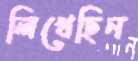
লিখেছিন